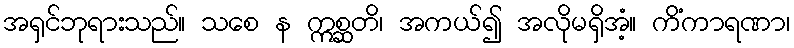
အရှင်ဘုရားသည်။ သစေ န ဣစ္ဆတိ၊ အကယ်၍ အလိုမရှိအံ့။ ကိံကာရဏာ၊